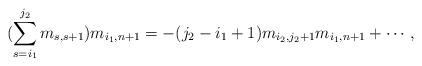
LaTeX: \begin{align*}(\sum_{s=i_{1}}^{j_{2}}m_{s,s+1})m_{i_{1},n+1}=-(j_{2}-i_{1}+1)m_{i_{2},j_{2}+1}m_{i_{1},n+1}+\cdots,\end{align*}